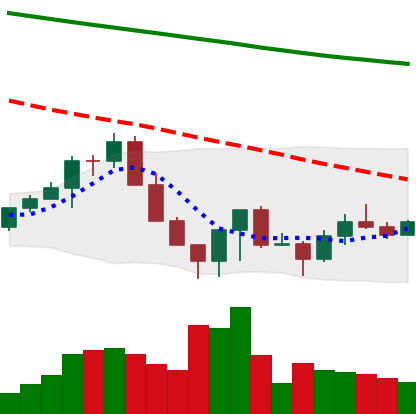
Ticker: LINK-USD
Chart end date: 2022-06-23
Forward return: -9.697%
Label: down_7plus